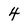
Character: 4